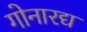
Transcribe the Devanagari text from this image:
गोनारद्य